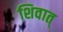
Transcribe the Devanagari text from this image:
शिवात्